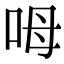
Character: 呣